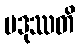
ပဒုဿတိ